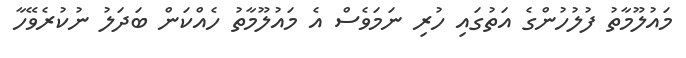
މައުލޫމާތު ފުލުހުންގެ އަތުގައި ހުރި ނަމަވެސް އެ މައުލޫމާތު ހެއްކަން ބަދަލު ނުކުރެވޭހާ